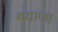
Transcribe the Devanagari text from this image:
बघाणा